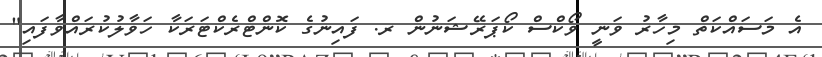
އެ މަސައްކަތް މިހާރު ވަނީ ވޯކްސް ކޯޕަރޭޝަނުން ރ. ފައިނުގެ ކޮންޓްރެކްޓަރަކާ ހަވާލުކުރައްވާފައި"